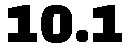
10.1